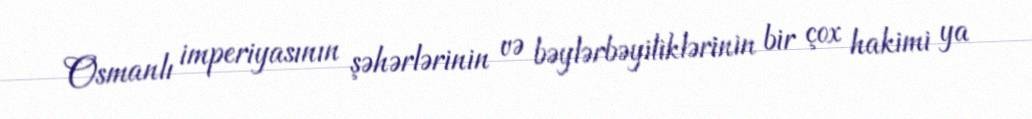
Osmanlı imperiyasının şəhərlərinin və bəylərbəyiliklərinin bir çox hakimi ya